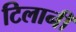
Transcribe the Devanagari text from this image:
टिलानी